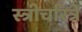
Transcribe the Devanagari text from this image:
स्त्रीचरित्रे